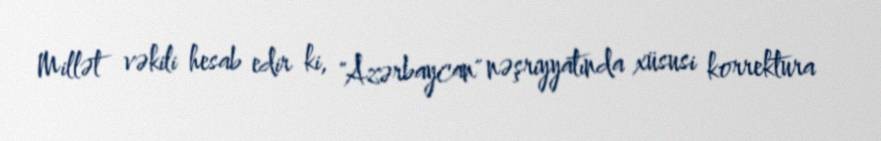
Millət vəkili hesab edir ki, "Azərbaycan" nəşriyyatında xüsusi korrektura